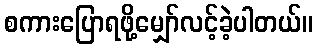
စကားပြောရဖို့မျှော်လင့်ခဲ့ပါတယ်။